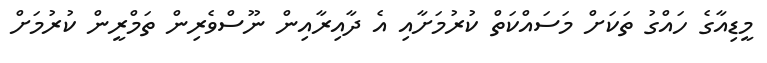
މީޑިއާގެ ހައްގު ތަކަށް މަސައްކަތް ކުރުމަށާއި އެ ދާއިރާއިން ނޫސްވެރިން ތަމްރީން ކުރުމަށް